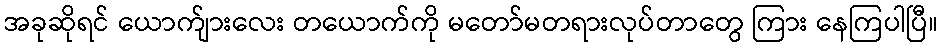
အခုဆိုရင် ယောက်ျားလေး တယောက်ကို မတော်မတရားလုပ်တာတွေ ကြား နေကြပါပြီ။